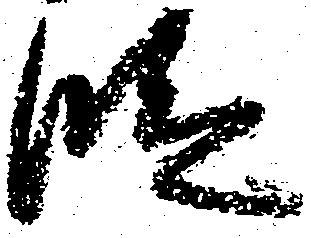
段